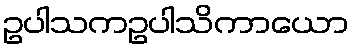
ဥပါသကဥပါသိကာယော